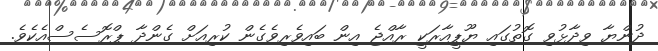
ދުންޔާ ވިދާޅުވި ގޮތުގައި ޔޫޕީއާރަކީ ރާއްޖެ އިން ބައިވެރިވެގެން ކުރިިއަށް ގެންދާ ޕްރޮސެސްއެކެވެ.